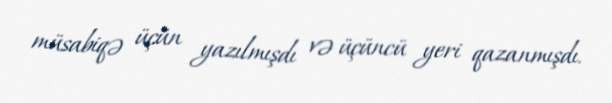
müsabiqə üçün yazılmışdı və üçüncü yeri qazanmışdı.